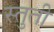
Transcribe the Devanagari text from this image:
स्‍तुती